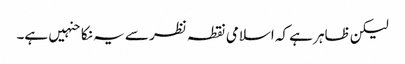
لیکن ظاہر ہے کہ اسلامی نقطہ نظر سے یہ نکاحنہیں ہے۔